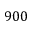
9 0 0